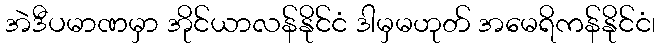
အဲဒီပမာဏမှာ အိုင်ယာလန်နိုင်ငံ ဒါမှမဟုတ် အမေရိကန်နိုင်ငံ၊